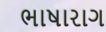
ભાષારાગ